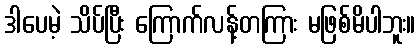
ဒါပေမဲ့ သိပ်ပြီး ကြောက်လန့်တကြား မဖြစ်မိပါဘူး။